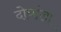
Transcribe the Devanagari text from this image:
दोघांला